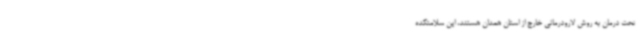
تحت درمان به روش لارودرمانی خارج از استان همدان هستند، این سلامتکده